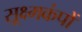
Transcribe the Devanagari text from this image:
सूक्ष्मकंपों